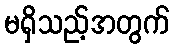
မရှိသည့်အတွက်